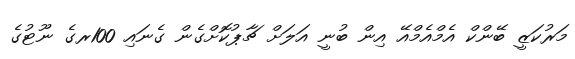
މަރުކަޒީ ބޭންކް އެމްއެމްއޭ އިން ބުނީ އަލަށް ޗާޕުކޮށްގެން ގެނައި 100ރގެ ނޫޓުގެ